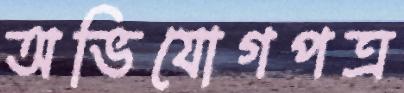
অভিযোগপত্র